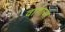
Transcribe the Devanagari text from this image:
वागावा